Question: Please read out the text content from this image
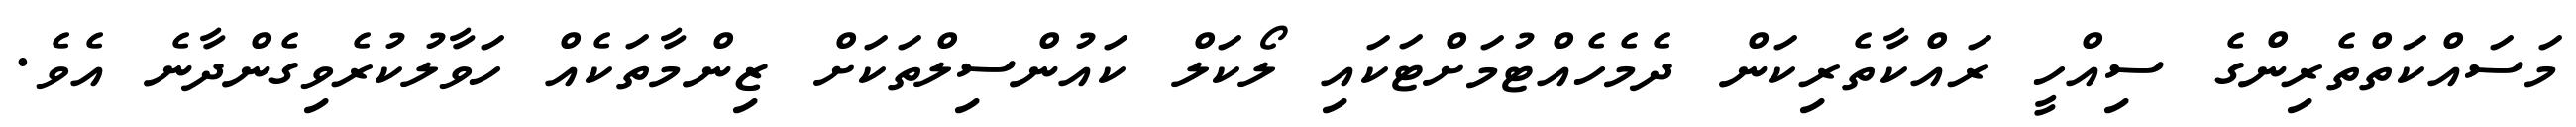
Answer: މަސައްކަތްތެރިންގެ ސިއްހީ ރައްކާތެރިކަން ދެމެހެއްޓުމަށްޓަކައި ލޯކަލް ކައުންސިލްތަކަށް ޒިންމާތަކެއް ހަވާލުކުރެވިގެންދާނެ އެވެ.